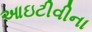
આઇટીવીના